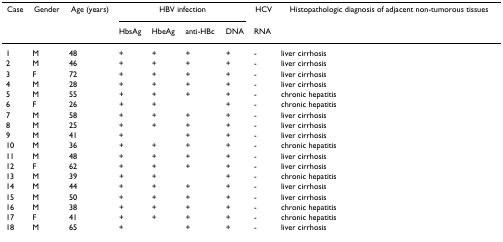
<table><thead><tr><td><b>Case</b></td><td><b>Gender</b></td><td><b>Age (years)</b></td><td colspan="4"><b>HBV infection</b></td><td><b>HCV</b></td><td><b>Histopathologic diagnosis of adjacent non-tumorous tissues</b></td></tr><tr><td></td><td></td><td></td><td><b>HbsAg</b></td><td><b>HbeAg</b></td><td><b>anti-HBc</b></td><td><b>DNA</b></td><td><b>RNA</b></td><td></td></tr></thead><tbody><tr><td>1</td><td>M</td><td>48</td><td>+</td><td>+</td><td>+</td><td>+</td><td>-</td><td>liver cirrhosis</td></tr><tr><td>2</td><td>M</td><td>46</td><td>+</td><td>+</td><td>+</td><td>+</td><td>-</td><td>liver cirrhosis</td></tr><tr><td>3</td><td>F</td><td>72</td><td>+</td><td>+</td><td>+</td><td>+</td><td>-</td><td>liver cirrhosis</td></tr><tr><td>4</td><td>M</td><td>28</td><td>+</td><td>+</td><td>+</td><td>+</td><td>-</td><td>liver cirrhosis</td></tr><tr><td>5</td><td>M</td><td>55</td><td>+</td><td>+</td><td>+</td><td>+</td><td>-</td><td>chronic hepatitis</td></tr><tr><td>6</td><td>F</td><td>26</td><td>+</td><td>+</td><td></td><td>+</td><td>-</td><td>chronic hepatitis</td></tr><tr><td>7</td><td>M</td><td>58</td><td>+</td><td>+</td><td>+</td><td>+</td><td>-</td><td>liver cirrhosis</td></tr><tr><td>8</td><td>M</td><td>25</td><td>+</td><td>+</td><td>+</td><td>+</td><td>-</td><td>liver cirrhosis</td></tr><tr><td>9</td><td>M</td><td>41</td><td>+</td><td></td><td>+</td><td>+</td><td>-</td><td>liver cirrhosis</td></tr><tr><td>10</td><td>M</td><td>36</td><td>+</td><td>+</td><td>+</td><td>+</td><td>-</td><td>chronic hepatitis</td></tr><tr><td>11</td><td>M</td><td>48</td><td>+</td><td>+</td><td>+</td><td>+</td><td>-</td><td>liver cirrhosis</td></tr><tr><td>12</td><td>F</td><td>62</td><td>+</td><td>+</td><td>+</td><td>+</td><td>-</td><td>liver cirrhosis</td></tr><tr><td>13</td><td>M</td><td>39</td><td>+</td><td>+</td><td></td><td>+</td><td>-</td><td>chronic hepatitis</td></tr><tr><td>14</td><td>M</td><td>44</td><td>+</td><td>+</td><td>+</td><td>+</td><td>-</td><td>liver cirrhosis</td></tr><tr><td>15</td><td>M</td><td>50</td><td>+</td><td>+</td><td>+</td><td>+</td><td>-</td><td>liver cirrhosis</td></tr><tr><td>16</td><td>M</td><td>38</td><td>+</td><td>+</td><td>+</td><td>+</td><td>-</td><td>chronic hepatitis</td></tr><tr><td>17</td><td>F</td><td>41</td><td>+</td><td>+</td><td>+</td><td>+</td><td>-</td><td>chronic hepatitis</td></tr><tr><td>18</td><td>M</td><td>65</td><td>+</td><td></td><td>+</td><td>+</td><td>-</td><td>liver cirrhosis</td></tr></tbody></table>